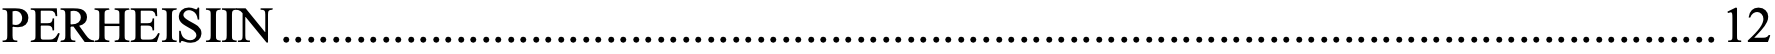
PERHEISIIN ................................................................................................................... 12